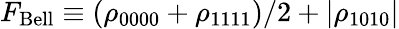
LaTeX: F_{\mathrm{Bell}}\equiv(\rho_{0000}+\rho_{1111})/2+|\rho_{1010}|